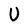
Character: U